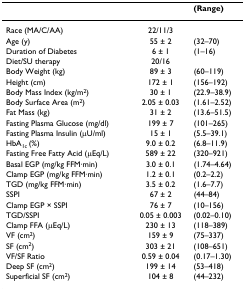
|  |  | (Range) |
 | --- | --- | --- |
 | Race (MA/C/AA) | 22/11/3 |  |
 | Age (y) | 55 ± 2 | (32–70) |
 | Duration of Diabetes | 6 ± 1 | (1–16) |
 | Diet/SU therapy | 20/16 |  |
 | Body Weight (kg) | 89 ± 3 | (60–119) |
 | Height (cm) | 172 ± 1 | (156–192) |
 | Body Mass Index (kg/m2) | 30 ± 1 | (22.9–38.9) |
 | Body Surface Area (m2) | 2.05 ± 0.03 | (1.61–2.52) |
 | Fat Mass (kg) | 31 ± 2 | (13.6–51.5) |
 | Fasting Plasma Glucose (mg/dl) | 199 ± 7 | (101–265) |
 | Fasting Plasma Insulin (μU/ml) | 15 ± 1 | (5.5–39.1) |
 | HbA1c (%) | 9.0 ± 0.2 | (6.8–11.9) |
 | Fasting Free Fatty Acid (μEq/L) | 589 ± 22 | (320–921) |
 | Basal EGP (mg/kg FFM·min) | 3.0 ± 0.1 | (1.74–4.64) |
 | Clamp EGP (mg/kg FFM·min) | 1.2 ± 0.1 | (0.2–2.2) |
 | TGD (mg/kg FFM·min) | 3.5 ± 0.2 | (1.6–7.7) |
 | SSPI | 67 ± 2 | (44–84) |
 | Clamp EGP × SSPI | 76 ± 7 | (10–156) |
 | TGD/SSPI | 0.05 ± 0.003 | (0.02–0.10) |
 | Clamp FFA (μEq/L) | 230 ± 13 | (118–389) |
 | VF (cm2) | 159 ± 9 | (75–337) |
 | SF (cm2) | 303 ± 21 | (108–651) |
 | VF/SF Ratio | 0.59 ± 0.04 | (0.17–1.30) |
 | Deep SF (cm2) | 199 ± 14 | (53–418) |
 | Superficial SF (cm2) | 104 ± 8 | (44–232) |